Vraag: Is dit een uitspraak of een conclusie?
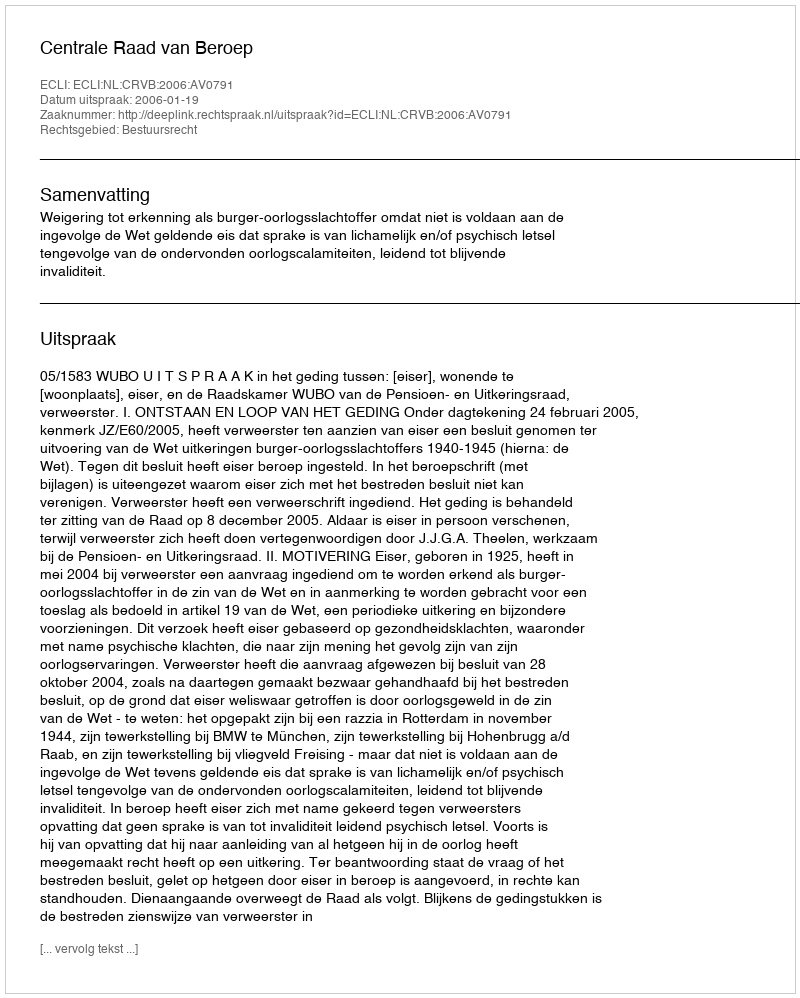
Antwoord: Uitspraak